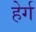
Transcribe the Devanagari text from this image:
हेर्ग